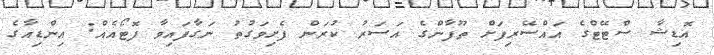
އޮޑިޝާ ސްޓޭޓްގެ އައްސޭރިފަށް ތޫފާންގެ އަސަރު ކުރަން ފެށިވަގުތު ނަގާފައިވާ ފޮޓޯއެއް: އިންޑިއާގެ